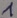
Text: 1